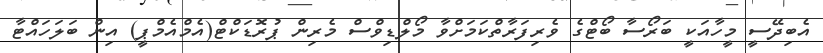
އެބިދޭސީ މީހާއަކީ ބަރޯސާ ބޯޓްގެ ވެރިފަރާތްކަމަށްވާ މޯލްޑިވްސް މެރިން ޕުރޮޑަކްޓް(އެމްއެމްޕީ) އިން ބަލަހައްޓާ